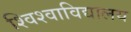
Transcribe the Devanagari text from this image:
श्विश्वाविद्यालय